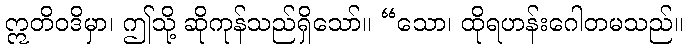
ဣတိဝဒိမှာ၊ ဤသို့ ဆိုကုန်သည်ရှိသော်။ “သော၊ ထိုရဟန်းဂေါတမသည်။